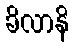
ခိလာနိ